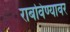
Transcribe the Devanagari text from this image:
राबविण्यावर